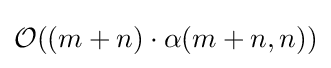
{\mathcal {O}}((m+n)\cdot \alpha (m+n,n))